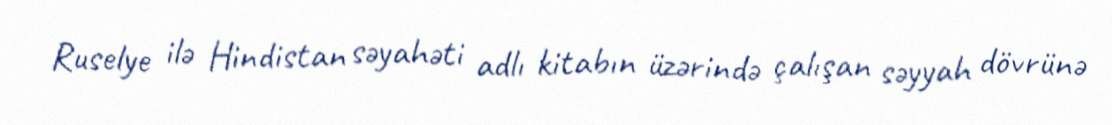
Ruselye ilə Hindistan səyahəti adlı kitabın üzərində çalışan səyyah dövrünə